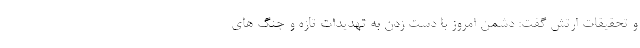
و تحقیقات ارتش گفت: دشمن امروز با دست زدن به تهدیدات تازه و جنگ های